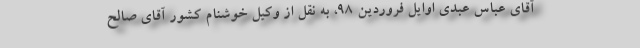
آقای عباس عبدی اوایل فروردین ۹۸، به نقل از وکیل خوشنام کشور آقای صالح